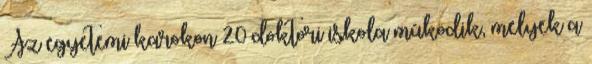
Az egyetemi karokon 20 doktori iskola mûködik, melyek a